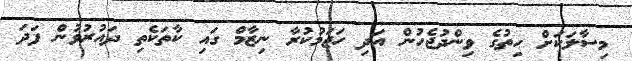
މިސާލަކަށް ހިތުގެ ވިންދުޖެހުން އަދި ހަޖަމުކުރާ ނިޒާމް ގައި ކާތަކެތި ދައުރުވުން ފަދަ